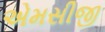
એમસીજી